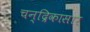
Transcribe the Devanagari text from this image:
चन्द्रिकासार